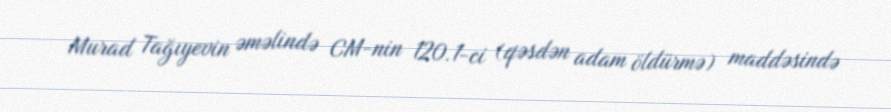
Murad Tağıyevin əməlində CM-nin 120.1-ci (qəsdən adam öldürmə) maddəsində